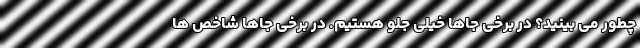
چطور می بینید؟ در برخی جاها خیلی جلو هستیم. در برخی جاها شاخص ها